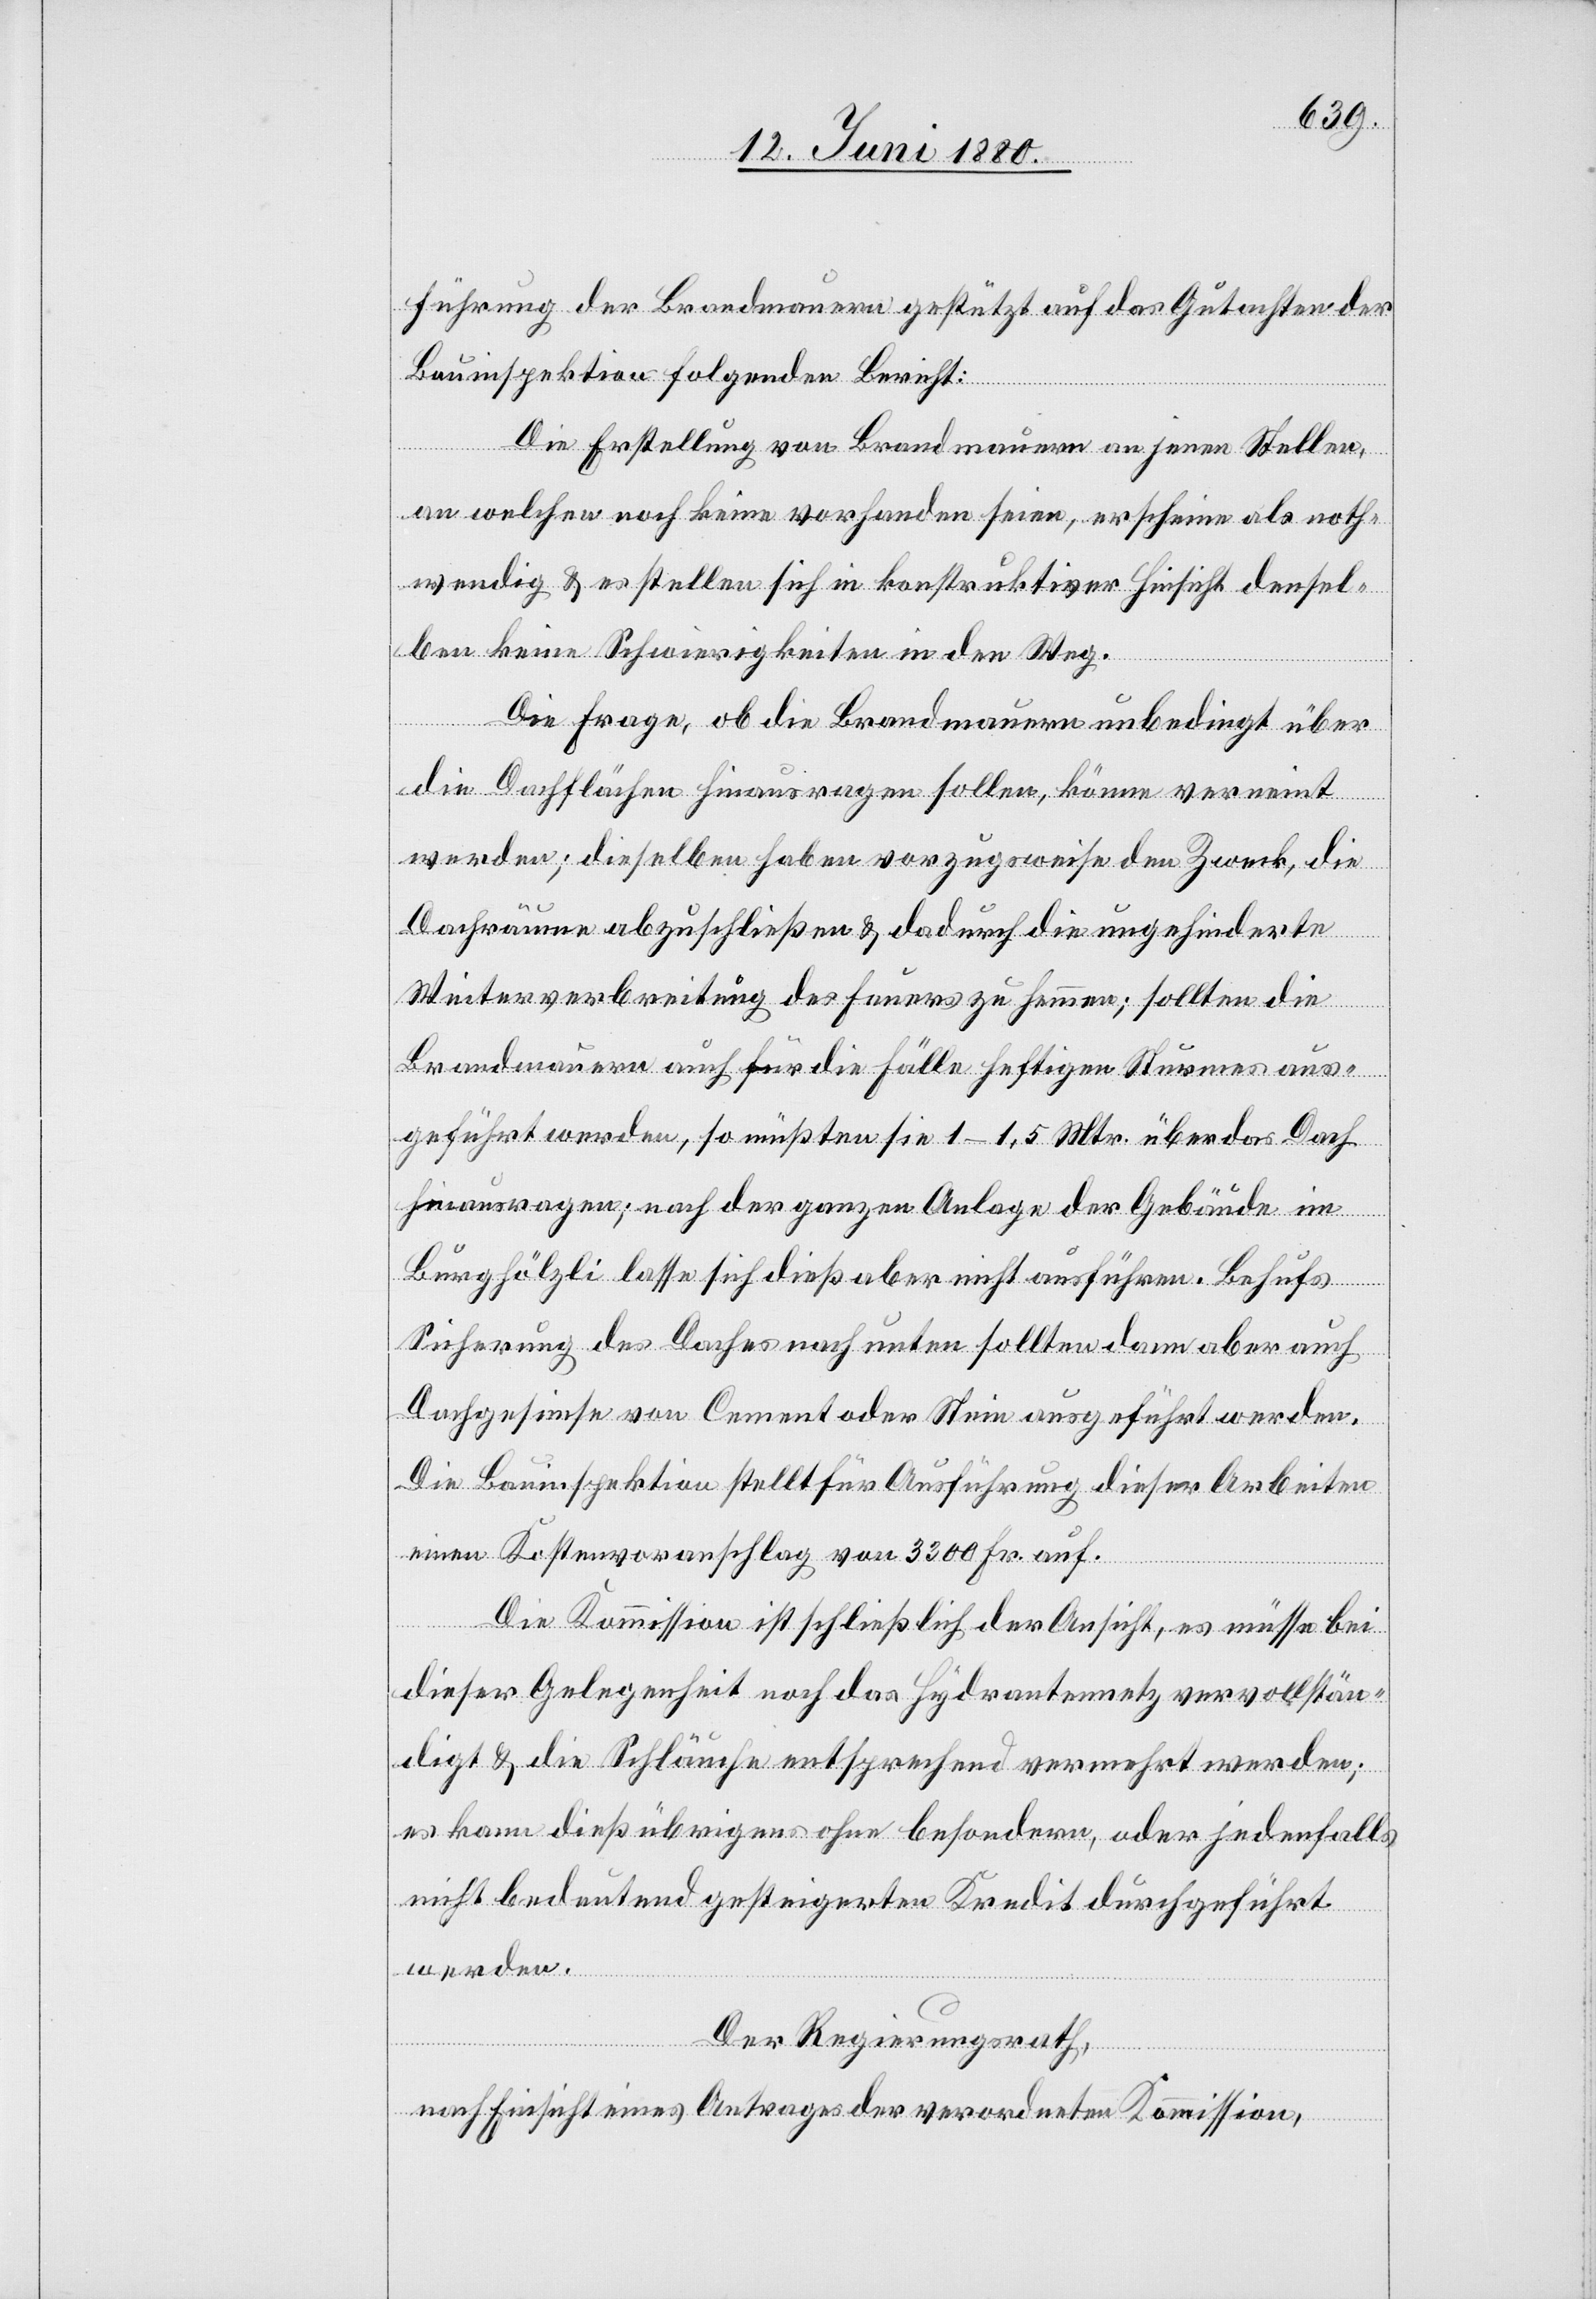
führung der Brandmauern gestützt auf das Gutachten der
Bauinspektion folgenden Bericht:
Die Erstellung von Brandmauern an jenen Stellen
an welchen noch keine vorhanden seien, erscheine als noth¬
wendig & es stellen sich in konstruktiver Hinsicht densel¬
ben keine Schwierigkeiten in den Weg.
Die Frage, ob die Brandmauern unbedingt über
die Dachfläche hinausragen sollen, könne verneint
werden; dieselben haben vorzugsweise den Zweck, die
Dachräume abzuschließen & dadurch die ungehinderte
Weiterverbreitung des Feuers zu hemmen; sollten die
Brandmauern auch für die Fälle heftigen Sturmes aus¬
geführt werden, so müßten sie 1–1,5 Mtr. über das Dach
hinausragen; nach der ganzen Anlage der Gebäude im
Burghölzli lasse sich dieß aber nicht ausführen. Behufs
Sicherung des Daches nach unten sollten dann aber auch
Dachgesimse von Cement oder Stein ausgeführt werden.
Die Bauinspektion stellt für Ausführung dieser Arbeiten
einen Kostenvoranschlag von 3300 Fr. auf.
Die Kommission ist schließlich der Ansicht, es müsse bei
dieser Gelegenheit noch das Hydrantennetz vervollstän¬
digt & die Schläuche entsprechend vermehrt werden;
es kann dieß übrigens ohne besondere, oder jedenfalls
nicht bedeutend gesteigerten Kredit durchgeführt
werden.
Der Regierungsrath,
nach Einsicht eines Antrages der verordneten Kommission,